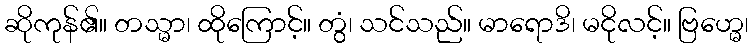
ဆိုကုန်၏။ တသ္မာ၊ ထိုကြောင့်။ တွံ၊ သင်သည်။ မာရောဒိ၊ မငိုလင့်။ ဗြဟ္မေ၊